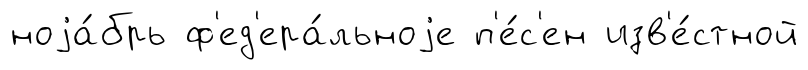
ноjа́брь ф'ед'ера́льноjе п'е́с'ен изв'е́стной